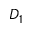
D _ { 1 }